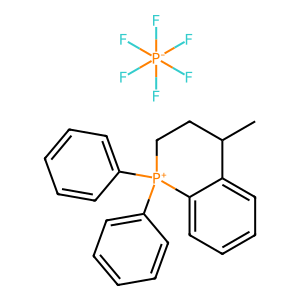
SMILES: CC1CC[P+](c2ccccc2)(c2ccccc2)c2ccccc21.F[P-](F)(F)(F)(F)F
Inhibits HIV replication: No